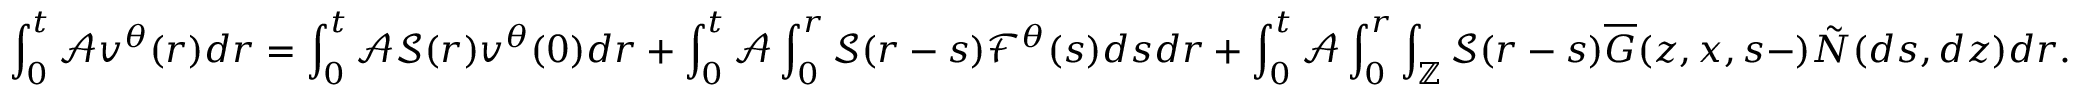
\int _ { 0 } ^ { t } \mathcal { A } \displaystyle v ^ { \theta } ( r ) d r = \int _ { 0 } ^ { t } \mathcal { A } \mathcal { S } ( r ) v ^ { \theta } ( 0 ) d r + \int _ { 0 } ^ { t } \mathcal { A } \int _ { 0 } ^ { r } \mathcal { S } ( r - s ) \mathcal { F } ^ { \theta } ( s ) d s d r + \int _ { 0 } ^ { t } \mathcal { A } \int _ { 0 } ^ { r } \int _ { \mathbb { Z } } \mathcal { S } ( r - s ) \overline { { G } } ( z , x , s - ) \tilde { N } ( d s , d z ) d r .